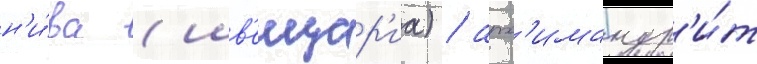
н'и́ва (шв'еицар'иа) / арх'имандр'и́т